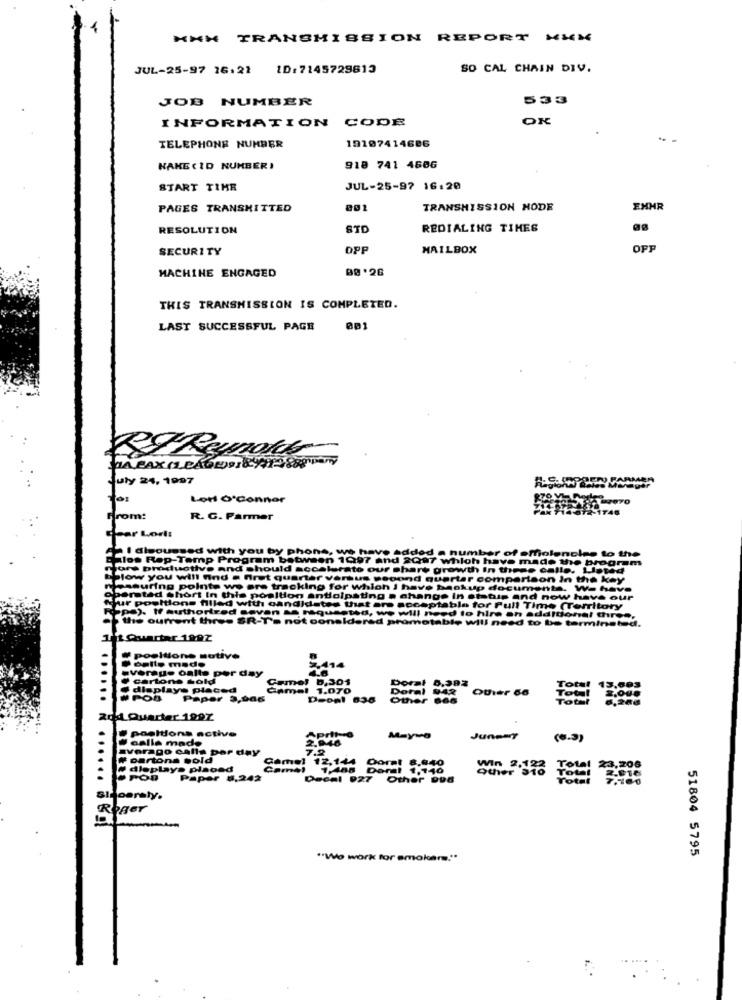
MMM TRANSMISSION REPORT MKK
JUL-25-97 16:22 1D:7145729613
SO CAL CHAIN DIV.
JOB NUMBER
533
INFORMATION CODE
OK
TELEPHONE NUMBER
10107414686
HAKE ( ID NUMBER )
918 741 4606
START TIME
JUL-25-97 16:20
PAGES TRANSMITTED
001
TRANSMISSION MODE
EXHR
RESOLUTION
STD
REDIALING TIMES
SECURITY
OPP
MAILBOX
OPP
MACHINE ENGAGED
THIS TRANSMISSION IS COMPLETED.
LAST SUCCESSFUL PAGE
001
RS Rewolds
July 24, 1997
PARAA
Ler O'Connor
1746
From:
R. G. Farmer
cheer Lorl:
I discussed with you by phone, we have add
number of smolenclee to the
alos Rep-Temp Program between 1997 and &0
on 1997 A
hloh have made the program
More productive and should accelerato our che
owth In these calle. Listed
Below you will find a first quarter versus pegont
rtar comparison In the key
desauring pointe we are tracking for which i ha
ok up documents. We have
berstad short In this position andlolpsting . ch
In shuis and now have our
four pooltions filled with candidates that are no
sps). If authortred seven se niquseths, we will
ble for Full Time (Territory
this ourrent three SR-T's not considered pron
d to hire an additional three,
le will need to be terminated.
1 t Quartar 1992
# pooltione sutive
Doalle made
average oalte per day
2.414
cartons sold
Camel b,301
displaye placed
JAmel 1.070
# POS
Paper 3,966
Deopl 636
204 Quarter 1997
positions active
Aprite
Galla made
2.948
averago calta per day
7.9
.
partons wold
dleplays placed
POD
Paper #.
Decal 927 Other 998
raly.
Roger
51804 5795
"We work for smokers."